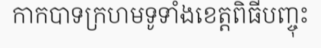
កាកបាទក្រហមទូទាំងខេត្តពិធីបញ្ចុះ